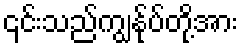
၎င်းသည်ကျွန်ုပ်တို့အား